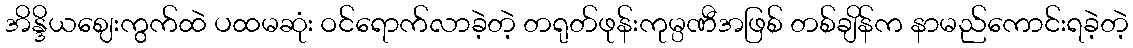
အိန္ဒိယဈေးကွက်ထဲ ပထမဆုံး ဝင်ရောက်လာခဲ့တဲ့ တရုတ်ဖုန်းကုမ္ပဏီအဖြစ် တစ်ချိန်က နာမည်ကောင်းရခဲ့တဲ့